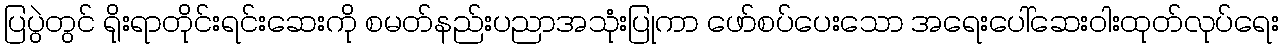
ပြပွဲတွင် ရိုးရာတိုင်းရင်းဆေးကို စမတ်နည်းပညာအသုံးပြုကာ ဖော်စပ်ပေးသော အရေးပေါ်ဆေးဝါးထုတ်လုပ်ရေး